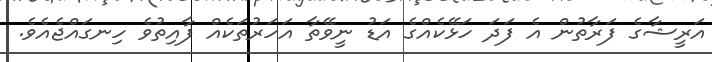
އަރީޝާގެ ފަރާތުން އެ ފަދަ ހަޅޭކެއްގެ އަޑު ނީވޭތާ އަހަރުތަކެއް ފާއިތުވެ ހިނގައްޖެއެވެ.